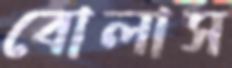
বোলাস